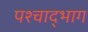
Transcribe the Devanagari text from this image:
पश्चाद्भाग